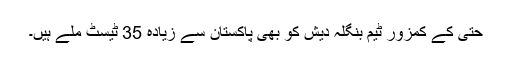
حتیٰ کے کمزور ٹیم بنگلہ دیش کو بھی پاکستان سے زیادہ 35 ٹیسٹ ملے ہیں۔